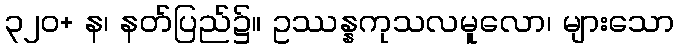
၃၂၀+ န၊ နတ်ပြည်၌။ ဥဿန္နကုသလမူလော၊ များသော